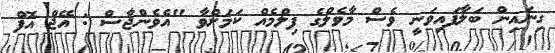
ގިނައިން ބަލާފައިވަނީ ވެސް މާވެލްގެ ފިލްމެއް ކަމަށްވާ "އެވެންޖާސް : އޭޖް އޮފް